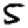
Digit: 5